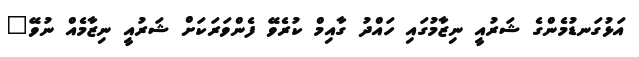
އަޅުގަނޑުމެންގެ ޝަރުއީ ނިޒާމުގައި ހައްދު ގާއިމް ކުރެވޭ ފެންވަރަކަށް ޝަރުއީ ނިޒާމެއް ނުވޭ"